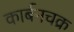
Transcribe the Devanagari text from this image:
कार्बनचक्र